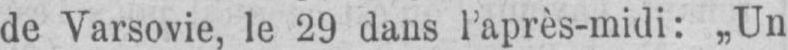
de Varsovie, le 29 dans l’après-midi: „Un